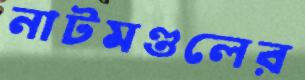
নাটমণ্ডলের